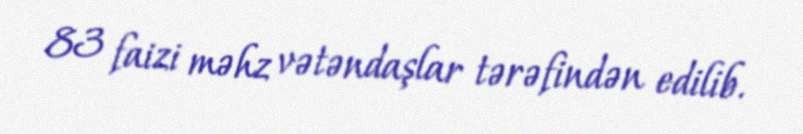
83 faizi məhz vətəndaşlar tərəfindən edilib.